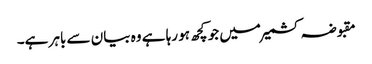
مقبوضہ کشمیر میں جو کچھ ہو رہا ہے وہ بیان سے باہر ہے۔